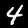
Digit: 4